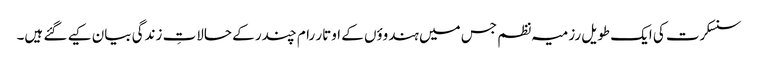
سنسکرت کی ایک طویل رزمیہ نظم جس میں ہندوؤں کے اوتار رام چندر کے حالاتِ زندگی بیان کیے گئے ہیں۔